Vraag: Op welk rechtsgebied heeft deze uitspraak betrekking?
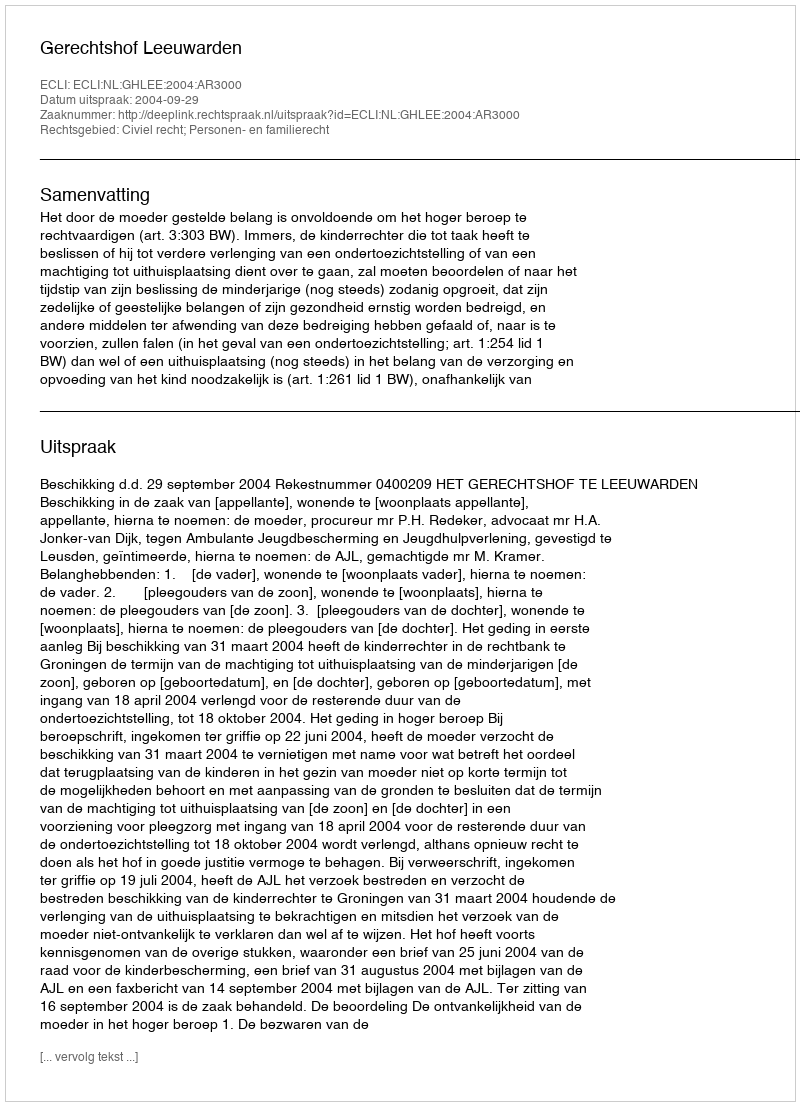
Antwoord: Civiel recht; Personen- en familierecht